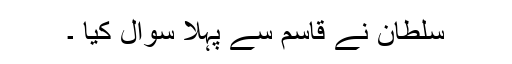
سلطان نے قاسم سے پہلا سوال کیا ۔